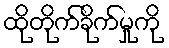
ထိုတိုက်ခိုက်မှုကို